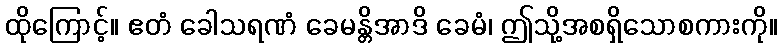
ထိုကြောင့်။ ဧတံ ခေါသရဏံ ခေမန္တိအာဒိ ခေမံ၊ ဤသို့အစရှိသောစကားကို။